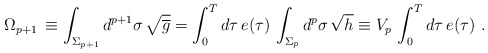
\begin{align*}\Omega_{p+1}\,\equiv \int_{\Sigma_{p+1}} d^{ p+1}\sigma \, \sqrt{\overline g} = \int_0^T d\tau\, e(\tau)\, \int_{\Sigma_{p}} d^p\sigma\,\sqrt h \equiv V_p\, \int_0^T d\tau\, e(\tau)\ . \end{align*}